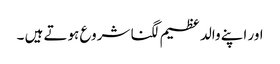
اور اپنے والد عظیم لگنا شروع ہوتے ہیں‌ ۔